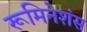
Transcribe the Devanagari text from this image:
रूमिनेशंस